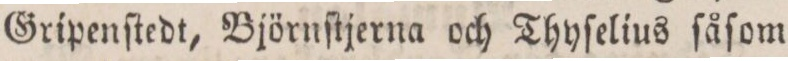
Gripenſtedt, Björnſtjerna och Thyſelius ſåſom